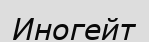
Иногейт